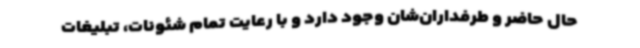
حال حاضر و طرفداران‌شان وجود دارد و با رعایت تمام شئونات، تبلیغات